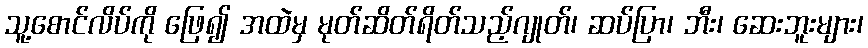
သူ့စောင်လိပ်ကို ဖြေ၍ အထဲမှ မုတ်ဆိတ်ရိတ်သည့်ဂျုတ်၊ ဆပ်ပြာ၊ ဘီး၊ ဆေးဘူးများ၊